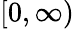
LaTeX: \left[0,\infty\right)